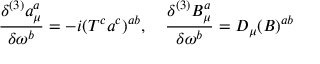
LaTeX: \frac { \delta ^ { ( 3 ) } a _ { \mu } ^ { a } } { \delta \omega ^ { b } } = - i ( T ^ { c } a ^ { c } ) ^ { a b } , \quad \frac { \delta ^ { ( 3 ) } B _ { \mu } ^ { a } } { \delta \omega ^ { b } } = D _ { \mu } ( B ) ^ { a b }